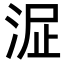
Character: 𣴻